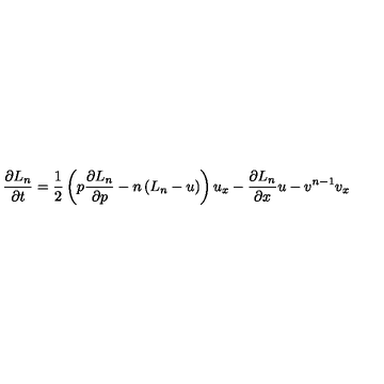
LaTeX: \frac { \partial L _ { n } } { \partial t } = \frac { 1 } { 2 } \left( p \frac { \partial L _ { n } } { \partial p } - n \left( L _ { n } - u \right) \right) u _ { x } - \frac { \partial L _ { n } } { \partial x } u - v ^ { n - 1 } v _ { x }